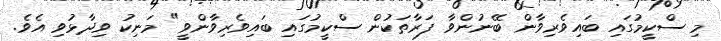
މި ސްކީމުގައި ބައިވެރިވާން ބޭނުންވާ ފަރާތަކުން ސްކީމުގައި ބައިވެރިވާންވީ" މަނިކު ވިދާޅުވި އެވެ.